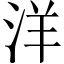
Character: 洋